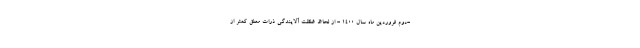
-دوم فروردین ماه سال ۱۴۰۰ - از لحاظ غلظت آلایندگی ذرات معلق کمتر از